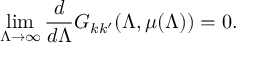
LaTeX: \operatorname * { l i m } _ { \Lambda \to \infty } \frac { d } { d \Lambda } G _ { k k ^ { \prime } } ( \Lambda , \mu ( \Lambda ) ) = 0 .